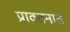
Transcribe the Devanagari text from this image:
प्राक्तनात